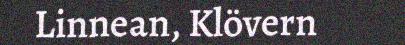
Linnean, Klövern